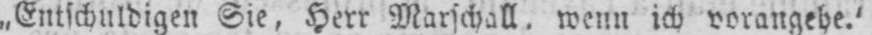
„Entschuldigen Sie, Herr Marschall, wenn ich vorangehe.’